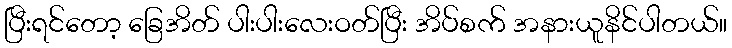
ပြီးရင်တော့ ခြေအိတ် ပါးပါးလေးဝတ်ပြီး အိပ်စက် အနားယူနိင်ပါတယ်။